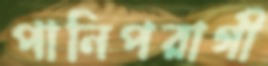
পানিপরাগী